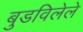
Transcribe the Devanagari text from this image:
बुडविलेले